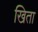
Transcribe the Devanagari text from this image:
खिता